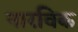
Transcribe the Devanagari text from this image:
नारविक